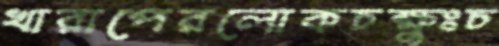
খারাপেরলোকচক্ষুঃচ